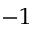
- 1